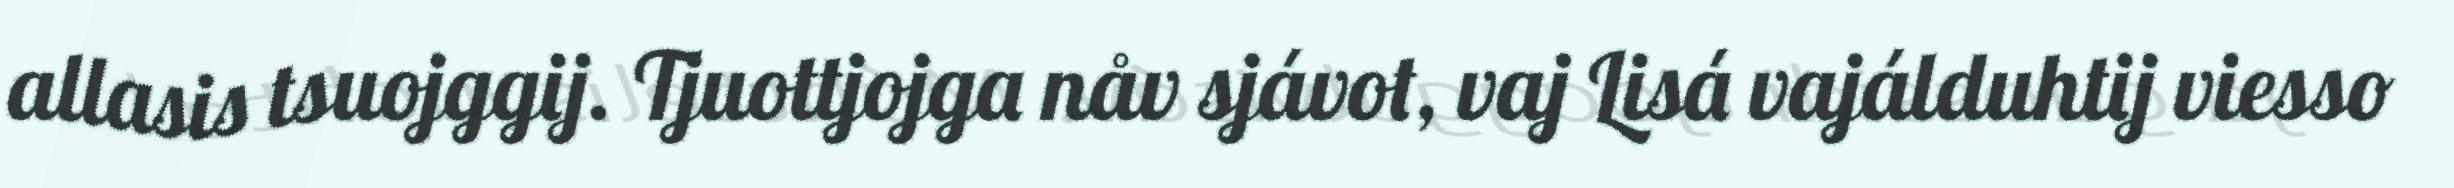
allasis tsuojggij. Tjuottjojga nåv sjávot, vaj Lisá vajálduhtij viesso